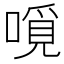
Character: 𠼽